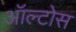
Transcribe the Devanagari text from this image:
ऑल्टोस